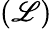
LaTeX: (\mathscr{L})